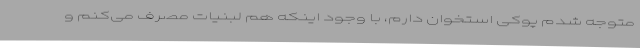
متوجه شدم پوکی استخوان دارم، با وجود اینکه هم لبنیات مصرف می‌کنم و